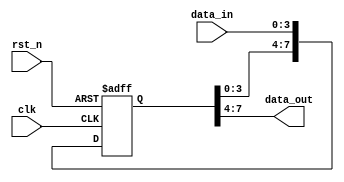
`timescale 1ns / 1ps

module flip_flop_2_sync #(
    parameter data_length = 4
)(
    input clk,
    input rst_n,
    input [data_length-1:0] data_in,
    output reg [data_length-1:0] data_out
);

    reg [2*data_length-1:0] data_temp;
    reg [2*data_length-1:0] data_temp_next;

    always @(posedge clk, negedge rst_n) begin
        if (~rst_n) begin
            data_temp <= 0;
        end
        else begin
            data_temp <= data_temp_next;
        end
    end

    always @(*) begin
        data_temp_next = {data_temp[data_length-1:0], data_in};
    end

    always @(*) begin
        data_out = data_temp[2*data_length-1:data_length];
    end

endmodule